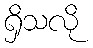
ရှိသလို